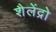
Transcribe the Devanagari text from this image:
शैलेंद्रो